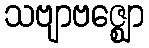
သဗျာဗဇ္ဈော